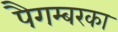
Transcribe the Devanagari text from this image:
पैगम्बरका